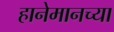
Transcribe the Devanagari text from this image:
हानेमानच्या